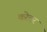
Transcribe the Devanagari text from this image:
करेत्तर